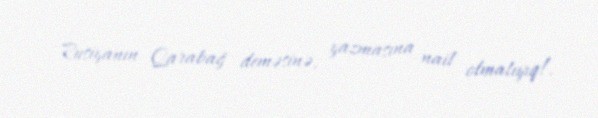
Rusiyanın Qarabağ deməsinə, yazmasına nail olmalıyıq!.